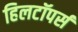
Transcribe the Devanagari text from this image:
हिलटॉपर्स